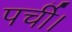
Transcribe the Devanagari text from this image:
पर्ची।